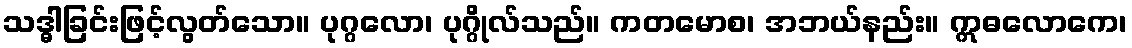
သဒ္ဓါခြင်းဖြင့်လွတ်သော။ ပုဂ္ဂလော၊ ပုဂ္ဂိုလ်သည်။ ကတမောစ၊ အဘယ်နည်း။ ဣဓလောကေ၊